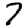
Digit: 7